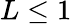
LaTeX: L\leq 1